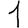
Digit: 1